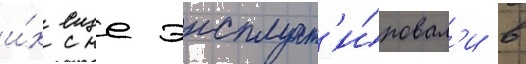
и́х еще эксплуат'и́ровал'и в